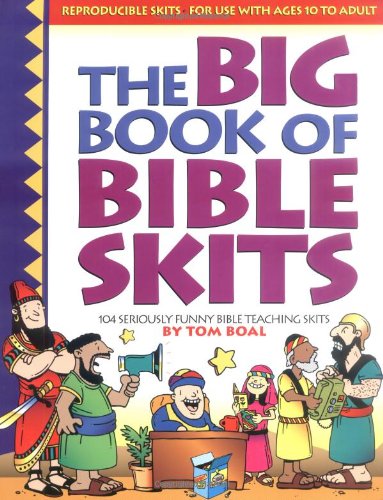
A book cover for Big Book of Bible Skits: 104 Seriously funny Bible story and Bible topic skits for upper elementary or older; useful for camp, youth group, midweek, anytime (Big Books); Tom Boal; Humor & Entertainment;